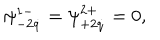
\psi _ { - 2 \dot { q } } ^ { 1 - } = \psi _ { + 2 \dot { q } } ^ { 2 + } = 0 ,